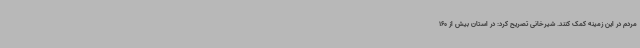
مردم در این زمینه کمک کنند. شیرخانی تصریح کرد: در استان بیش از 160